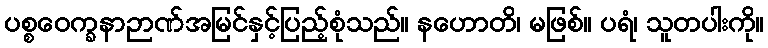
ပစ္စဝေက္ခနာဉာဏ်အမြင်နှင့်ပြည့်စုံသည်။ နဟောတိ၊ မဖြစ်။ ပရံ၊ သူတပါးကို။